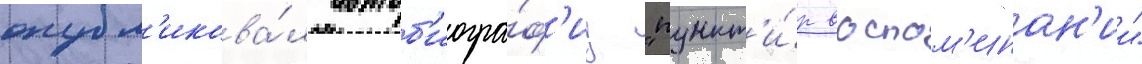
опубл'икова́л автоб'иогра́ф'иу "пункт'и́р воспом'инан'ии"